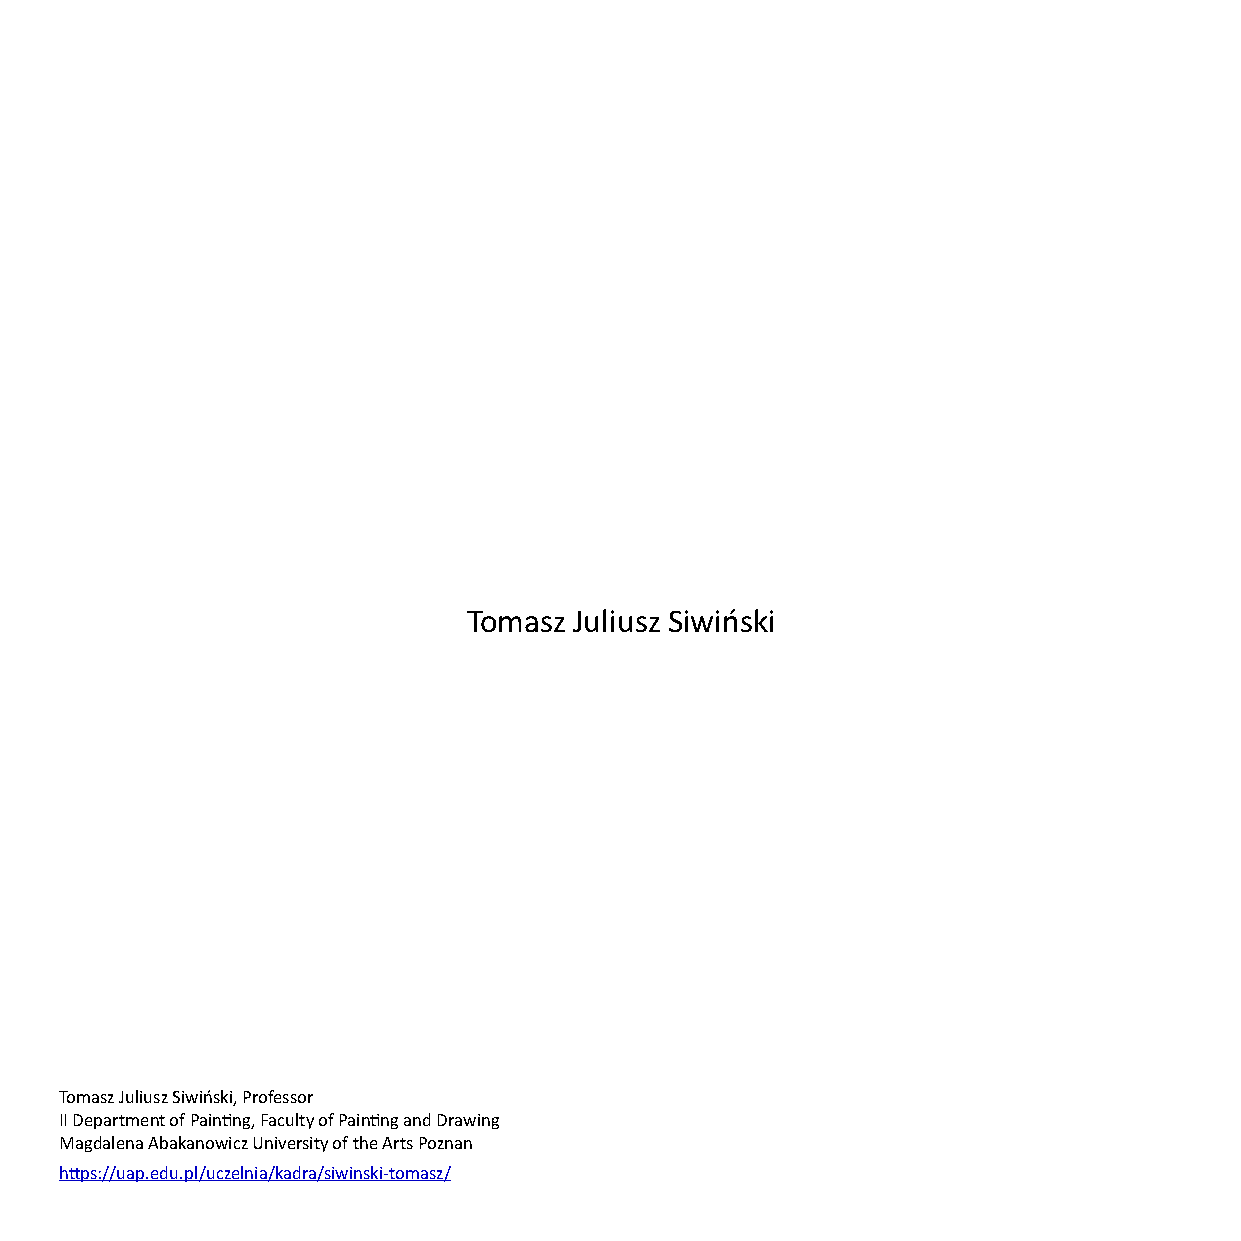
Tomasz Juliusz Siwiński
 Tomasz Juliusz Siwiński, Professor
 II Department of Painng, Faculty of Painng and Drawing
 Magdalena Abakanowicz University of the Arts Poznan
 hps://uap.edu.pl/uczelnia/kadra/siwinski-tomasz/